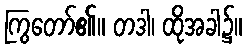
ကြွတော်၏။ တဒါ၊ ထိုအခါ၌။